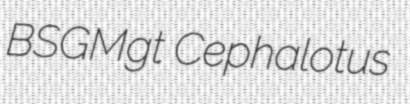
BSGMgt Cephalotus